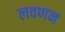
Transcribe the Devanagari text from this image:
लवणन